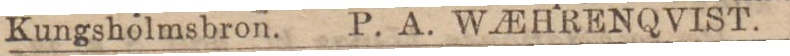
Kungsholmsbron. P. A. WA_EHRENQVIST.